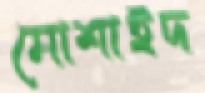
মোশাইদ